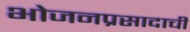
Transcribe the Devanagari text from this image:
भोजनप्रसादाची